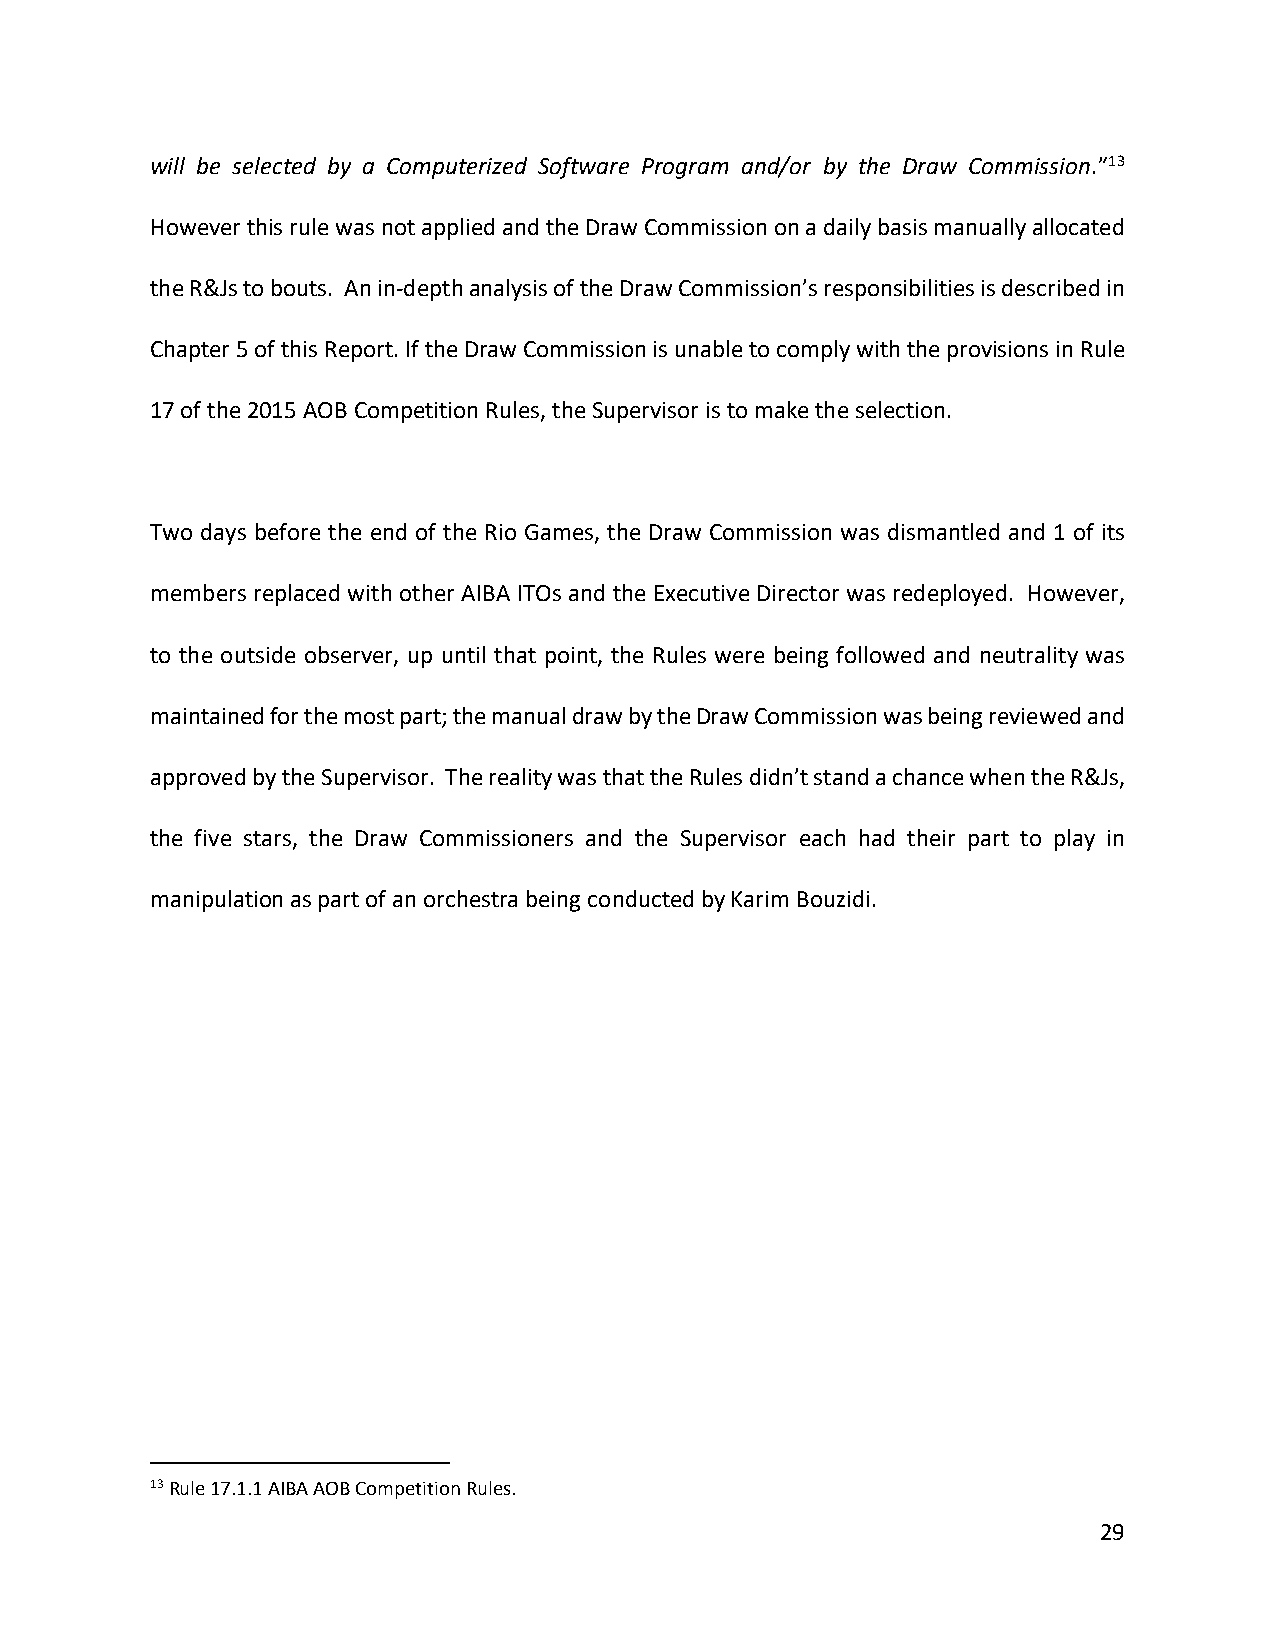
will be selected by a Computerized Software Program and/or by the Draw Commission.”13
 However this rule was not applied and the Draw Commission on a daily basis manually allocated
 the R&Js to bouts. An in-depth analysis of the Draw Commission’s responsibilities is described in
 Chapter 5 of this Report. If the Draw Commission is unable to comply with the provisions in Rule
 17 of the 2015 AOB Competition Rules, the Supervisor is to make the selection.
 Two days before the end of the Rio Games, the Draw Commission was dismantled and 1 of its
 members replaced with other AIBA ITOs and the Executive Director was redeployed. However,
 to the outside observer, up until that point, the Rules were being followed and neutrality was
 maintained for the most part; the manual draw by the Draw Commission was being reviewed and
 approved by the Supervisor. The reality was that the Rules didn’t stand a chance when the R&Js,
 the five stars, the Draw Commissioners and the Supervisor each had their part to play in
 manipulation as part of an orchestra being conducted by Karim Bouzidi.
 13 Rule 17.1.1 AIBA AOB Competition Rules.
 29